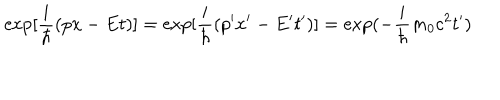
\exp [ \frac { i } { \hbar } ( p x - E t ) ] = \exp [ \frac { i } { \hbar } ( p ^ { \prime } x ^ { \prime } - E ^ { \prime } t ^ { \prime } ) ] = \exp ( - \frac { i } { \hbar } m _ { 0 } c ^ { 2 } t ^ { \prime } )